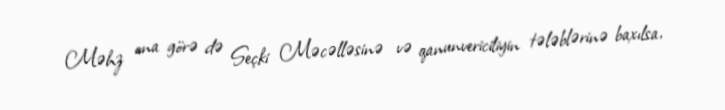
Məhz ona görə də Seçki Məcəlləsinə və qanunvericiliyin tələblərinə baxılsa,